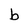
Character: b